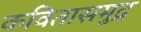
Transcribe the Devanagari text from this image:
कवितासमुद्र